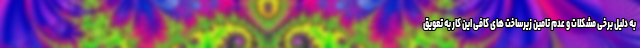
به دلیل برخی مشکلات و عدم تامین زیرساخت های کافی این کار به تعویق